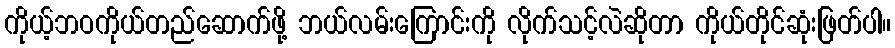
ကိုယ့်ဘဝကိုယ်တည်ဆောက်ဖို့ ဘယ်လမ်းကြောင်းကို လိုက်သင့်လဲဆိုတာ ကိုယ်တိုင်ဆုံးဖြတ်ပါ။